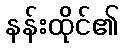
နန်းထိုင်၏